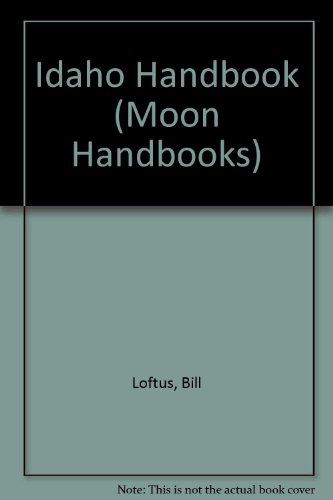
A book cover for Idaho Handbook; Bill Loftus; Travel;